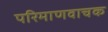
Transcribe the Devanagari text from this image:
परिमाणवाचक